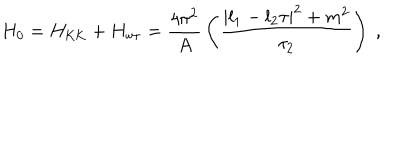
H _ { 0 } = H _ { \mathrm { K K } } + H _ { \mathrm { w r } } = { \frac { 4 \pi ^ { 2 } } { A } } \left( { \frac { | l _ { 1 } - l _ { 2 } \tau | ^ { 2 } + m ^ { 2 } } { \tau _ { 2 } } } \right) \ ,